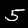
Digit: 5